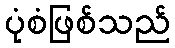
ပုံစံဖြစ်သည်